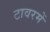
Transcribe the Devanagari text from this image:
टावरमें